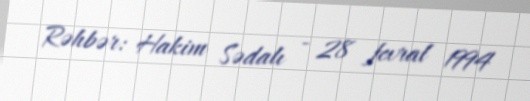
Rəhbər: Hakim Sədalı - 28 fevral 1994